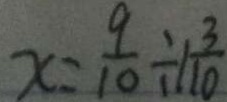
x = \frac { 9 } { 1 0 } \div 1 \frac { 3 } { 1 0 }